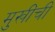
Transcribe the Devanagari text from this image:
मुखींची